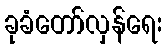
ခုခံတော်လှန်ရေး